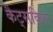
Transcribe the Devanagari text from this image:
कैट्सकिल